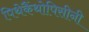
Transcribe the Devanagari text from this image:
पिथेकैंथोपिसीनी